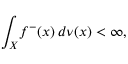
\int _ { X } \! f ^ { - } ( x ) \, d \nu ( x ) < \infty ,